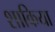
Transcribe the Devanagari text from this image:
शाकिया